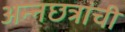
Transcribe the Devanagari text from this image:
अन्नछत्रांची